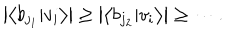
\left| \left\langle b _ { j _ { 1 } } | v _ { i } \right\rangle \right| \geq \left| \left\langle b _ { j _ { 2 } } | v _ { i } \right\rangle \right| \geq \cdots .